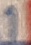
Text: 1